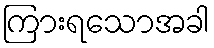
ကြားရသောအခါ